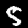
Label: 5